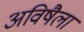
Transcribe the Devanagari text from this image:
अविषैला